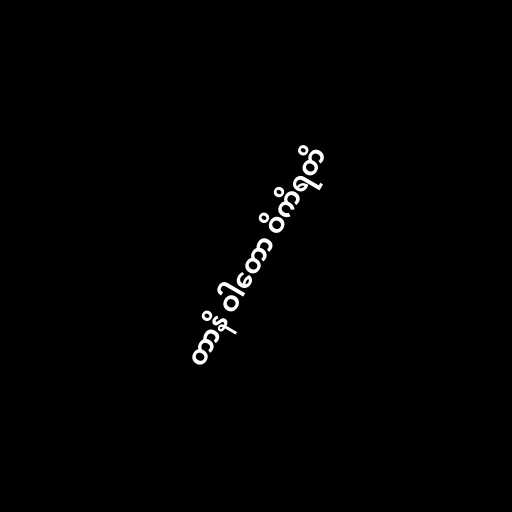
တာနိ ဝါတော ဝိကိရတိ